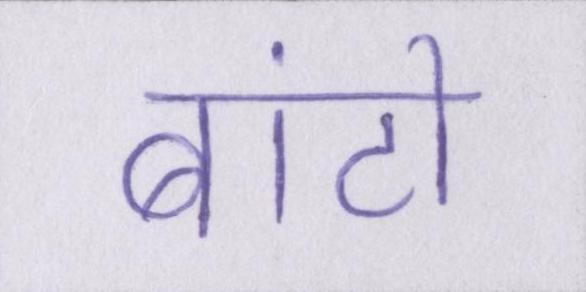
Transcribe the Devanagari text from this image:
बांटो